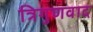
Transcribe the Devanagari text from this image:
त्रिगुणवाद